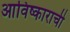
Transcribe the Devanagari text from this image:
आविष्काराची